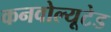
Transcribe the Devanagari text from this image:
कनवोल्यूटेड